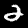
Label: 2